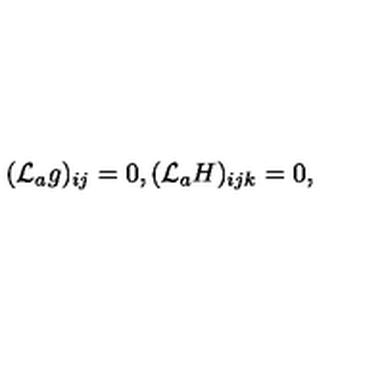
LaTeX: ( { \cal L } _ { a } g ) _ { i j } = 0 , ( { \cal L } _ { a } H ) _ { i j k } = 0 ,